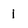
Character: I